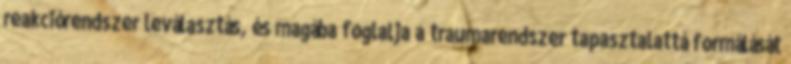
reakciórendszer leválasztás, és magába foglalja a traumarendszer tapasztalattá formálását